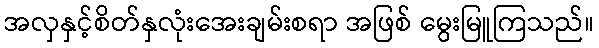
အလှနှင့်စိတ်နှလုံးအေးချမ်းစရာ အဖြစ် မွေးမြူကြသည်။